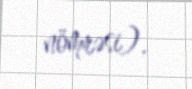
nömrəsi).